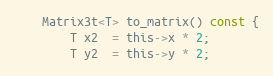
Language: C
	Matrix3t<T> to_matrix() const {
		T x2  = this->x * 2;
		T y2  = this->y * 2;